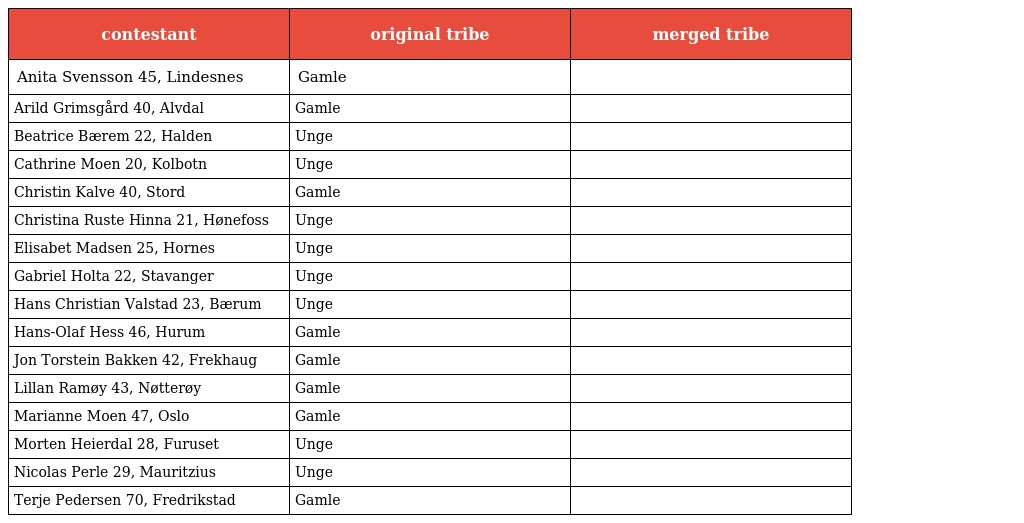
| contestant | original tribe | merged tribe |
 | --- | --- | --- |
 | Anita Svensson 45, Lindesnes | Gamle |  |
 | Arild Grimsgård 40, Alvdal | Gamle |  |
 | Beatrice Bærem 22, Halden | Unge |  |
 | Cathrine Moen 20, Kolbotn | Unge |  |
 | Christin Kalve 40, Stord | Gamle |  |
 | Christina Ruste Hinna 21, Hønefoss | Unge |  |
 | Elisabet Madsen 25, Hornes | Unge |  |
 | Gabriel Holta 22, Stavanger | Unge |  |
 | Hans Christian Valstad 23, Bærum | Unge |  |
 | Hans-Olaf Hess 46, Hurum | Gamle |  |
 | Jon Torstein Bakken 42, Frekhaug | Gamle |  |
 | Lillan Ramøy 43, Nøtterøy | Gamle |  |
 | Marianne Moen 47, Oslo | Gamle |  |
 | Morten Heierdal 28, Furuset | Unge |  |
 | Nicolas Perle 29, Mauritzius | Unge |  |
 | Terje Pedersen 70, Fredrikstad | Gamle |  |